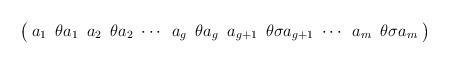
LaTeX: \begin{align*}\arraycolsep=3pt\left(\begin{array}{cccccccccccc} a_1 & \theta a_1 & a_2 & \theta a_2 & \cdots & a_{g} & \theta a_{g} & a_{g+1} & \theta\sigma a_{g+1} & \cdots & a_m & \theta\sigma a_m\end{array}\right)\end{align*}